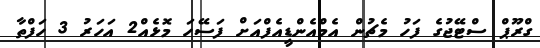
ގްރޫޕް ސްޓޭޖުގެ ފަހު މެޗުން އެމްއެންޑީއެފްއަށް ފަސޭހަ މޮޅެއް2 އަހަރު 3 ހަފްތާ